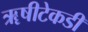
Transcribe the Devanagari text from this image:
ॠषीटेकडी